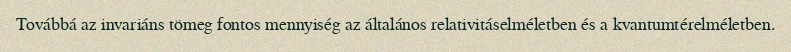
Továbbá az invariáns tömeg fontos mennyiség az általános relativitáselméletben és a kvantumtérelméletben.